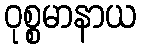
ဝုစ္စမာနာယ